Report of the King Institute of Preventive Medicine, Guindy
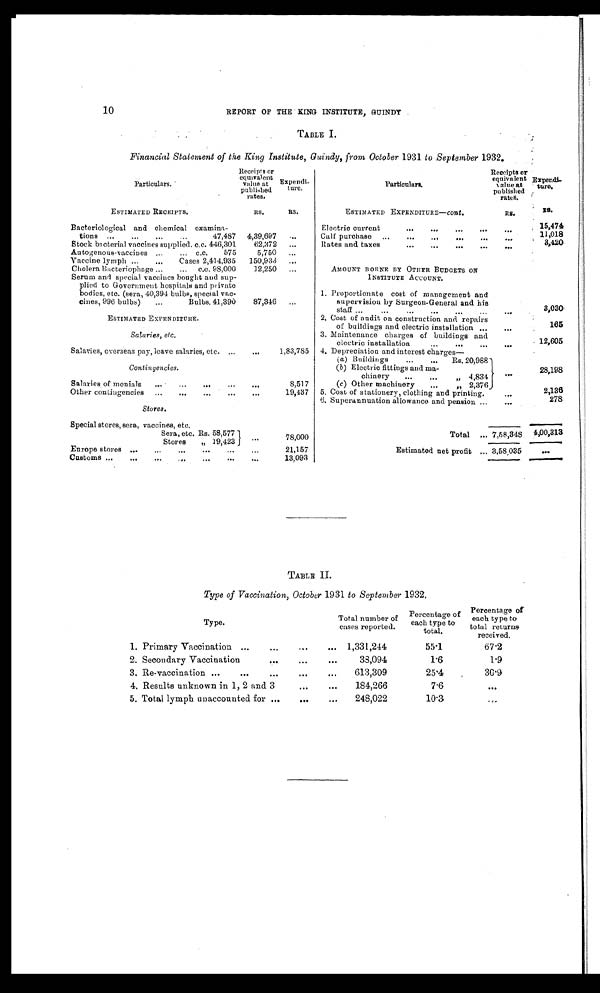
10
REPORT OF THE KING INSTITUTE, GUINDY
TABLE I.
Financial Statement of the Kino Institute. Guindy. from October 1931 to September 1932.
Particulars
Receipts or
equivalent
value at
published
rates,
Expendi ture
Particulars.
Receipts or
equivalent
value at
published
rates.
Expend
iture
ESTIMATED RECEIPTS.
RS.
RS.
ESTIMATED EXPENDITURE—cont..
RS.
RS.
Bacteriological and chemical examina
tions 47,487 4,39,697
Electric current
15,474
Calf purchase
11,018
Stock bacterial vaccines supplied. c.c. 446,301
62,372
Rates and taxes
3,420
Autogenous-vaccines c.c. 575
5,750
AMOUNT BORNE BY OTHER BUDGETS ON
INSTITUTE ACCOUNT.
Vaccine lymph Cases 2,414,935
150,933
Cholera Bacteriopliage c.c. 98,000
12,250
Serum and special vaccines bought and sup
plied to vernment hospitals and private
bodies, etc. (sera, 40,391 bulbs, special vac
tnes, 996 bulbs) Bulbs. 41,390
87,346
Proportionate cost of management and
supervision by Surgeon-General and his
staff
3,030.
1.
ESTIMATED EXPENDITURE.
2.
Cost of audi t on const r uct i on and r epai r s
of buildings and electric installation
165
Salaries, etc.
3. Maintenance charges of buildings and
electric installation
12,605
Salaries, overseas pay, leave salaries, etc.
1,83,785
4. Depreciation and interest charges—
Contingencies.
( a ) Buildings Rs. 20,988
28,198
(b ) Electric fittings and ma
chinery „ 4,834
Salaries of menials
8,517
(c ) Other machinery „ 2,376
Other contingencies
19,437
5. Cost of stationery, clothing and printing.
2,136
Stores.
6. Superannuation allowance and pension
278
Special stores, sera, vaccines, etc.
Total
7,58,348 4,00,313
Sera, etc. Rs. 58,577
78,000
Stores „ 19,423
Estimated net profit
3,58,035
Europe stores
21,157
Customs
13,093
TABLE II.
Type of Vaccination, October 1931 to September 1932.
Type.
Total number of
cases reported.
Percentage of
each type to
total.
Percentage or
each type to
total returns
received.
1. Primary Vaccination
1,331,244
55.1
67.2
2. Secondary Vaccination
33,094
1.6
1.9
3. Re-vaccination
613,309
25.4
30.9
4. Results unknown in 1, 2 and 3
184,266
7.6
5. Total lymph unaccounted for
248,022
10.3